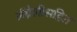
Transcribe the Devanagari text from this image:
ॲग्नेलीसहित